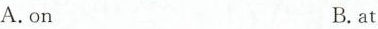
A.on B.at